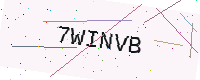
Text: 7WINVB